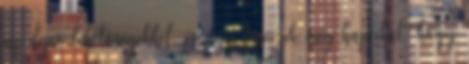
az ilyen lehetőségekkel, és úgy tervezik meg hajóikat, hogy